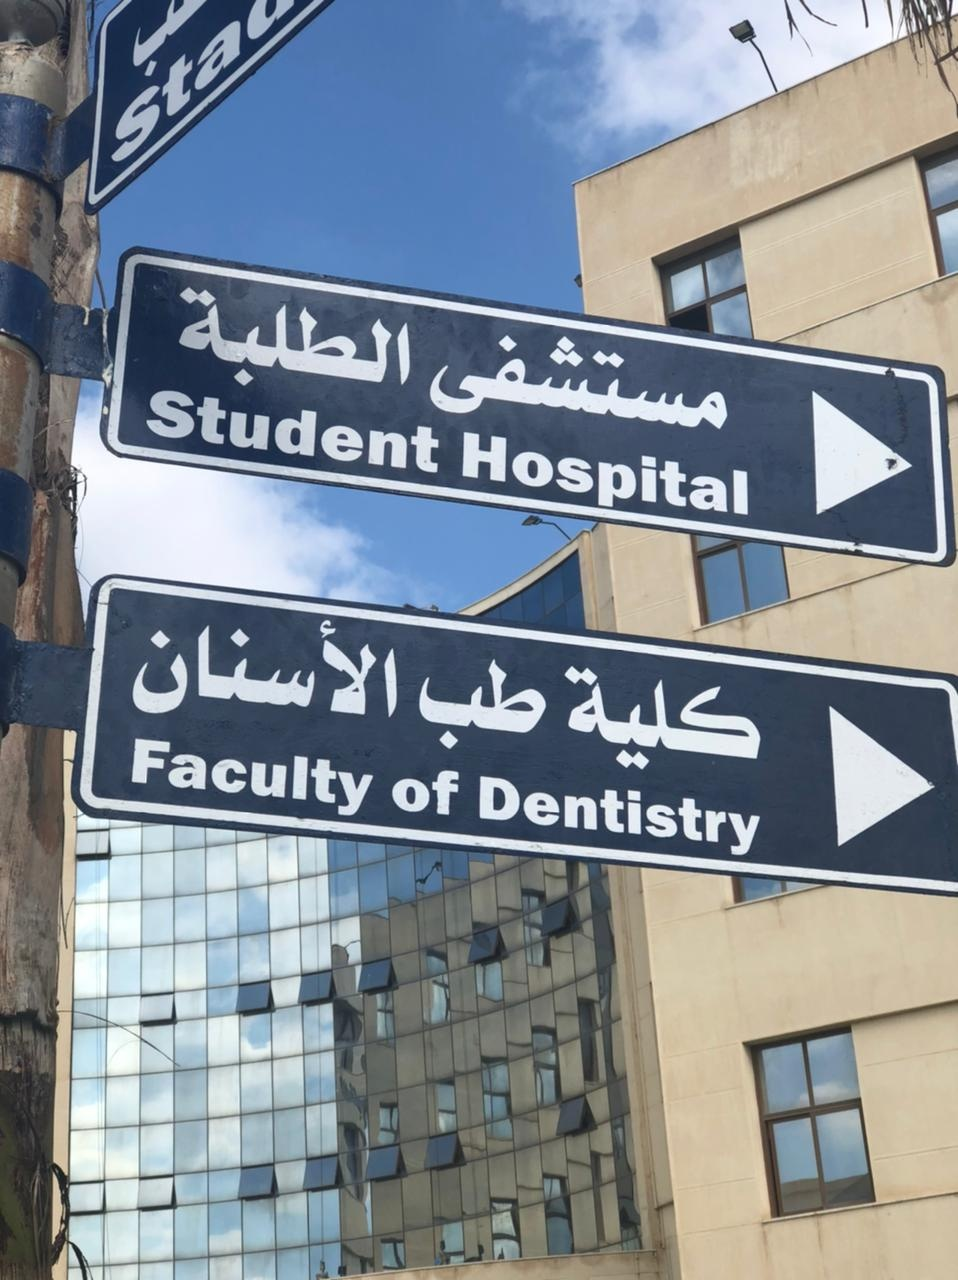
Text in image: الطلبة مستشفى الأسنان طب كلية Sta Student Hospital Faculty of Dentistry